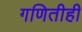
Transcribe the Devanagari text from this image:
गणितीही